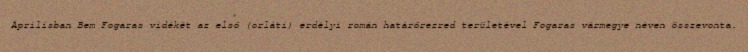
Áprilisban Bem Fogaras vidékét az első (orláti) erdélyi román határőrezred területével Fogaras vármegye néven összevonta.